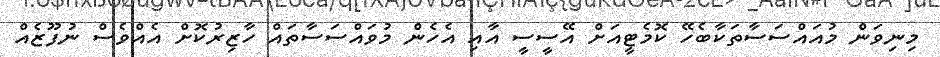
މިނިވަން މުއައްސަސާތަކާބެހޭ ކޮމެޓީއަށް އޭސީސީ އާއި އެހެން މުވައްސަސާތައް ހާޒިރުކޮށް އެއްވެސް ނުފޫޒެއް